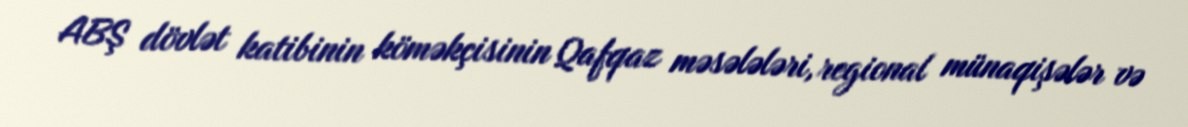
ABŞ dövlət katibinin köməkçisinin Qafqaz məsələləri, regional münaqişələr və